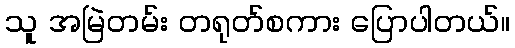
သူ အမြဲတမ်း တရုတ်စကား ပြောပါတယ်။